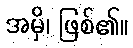
အမှိ၊ ဖြစ်၏။